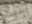
أصبت